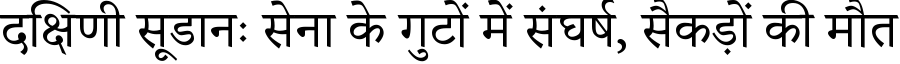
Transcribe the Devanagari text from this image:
दक्षिणी सूडानः सेना के गुटों में संघर्ष, सैकड़ों की मौत